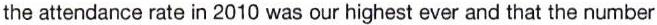
the attendance rate in 2010 was our highest ever and that the number